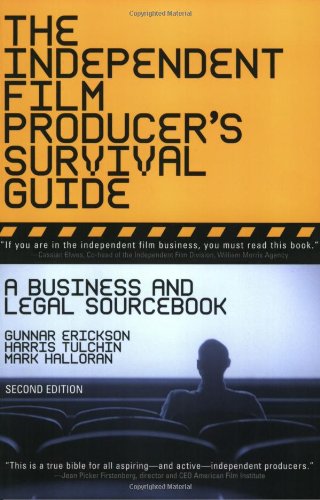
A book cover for The Independent Film Producer's Survival Guide: A Business And Legal Sourcebook 2nd Edition; GunnarGunnar EricksonErickson; Law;